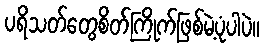
ပရိသတ်တွေစိတ်ကြိုက်ဖြစ်မဲ့ပုံပါပဲ။